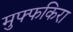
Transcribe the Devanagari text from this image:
मुफ्फकिरा